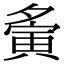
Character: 夤